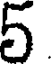
5